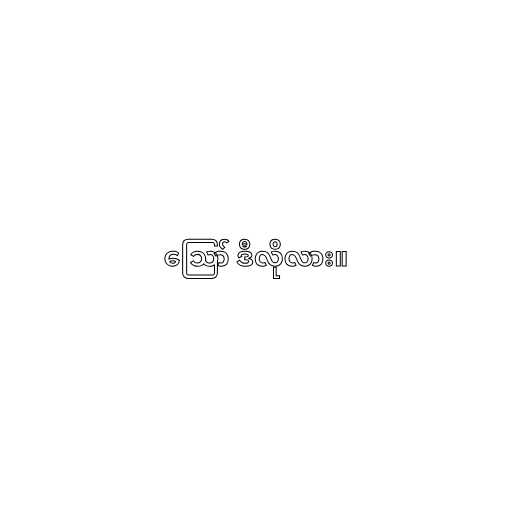
ဪ ဒီလိုလား။